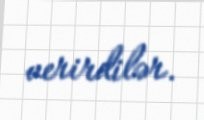
verirdilər.